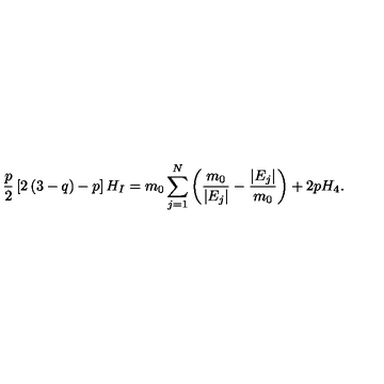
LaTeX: \frac { p } { 2 } \left[ 2 \left( 3 - q \right) - p \right] H _ { I } = m _ { 0 } \sum _ { j = 1 } ^ { N } \left( \frac { m _ { 0 } } { \vert E _ { j } \vert } - \frac { \vert E _ { j } \vert } { m _ { 0 } } \right) + 2 p H _ { 4 } .